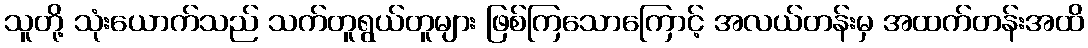
သူတို့ သုံးယောက်သည် သက်တူရွယ်တူများ ဖြစ်ကြသောကြောင့် အလယ်တန်းမှ အထက်တန်းအထိ